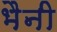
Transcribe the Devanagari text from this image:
भैनी